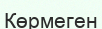
Көрмеген